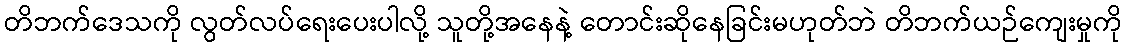
တိဘက်ဒေသကို လွတ်လပ်ရေးပေးပါလို့ သူတို့အနေနဲ့ တောင်းဆိုနေခြင်းမဟုတ်ဘဲ တိဘက်ယဉ်ကျေးမှုကို